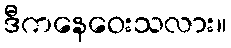
ဒီကနေဝေးသလား။